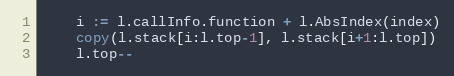
Language: Go
	i := l.callInfo.function + l.AbsIndex(index)
	copy(l.stack[i:l.top-1], l.stack[i+1:l.top])
	l.top--